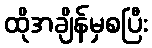
ထိုအချိန်မှစပြီး